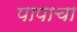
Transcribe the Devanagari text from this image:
पापाचा